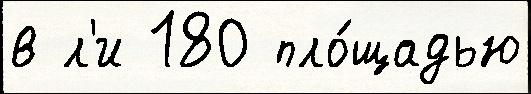
в л'и 180 пло́щадью